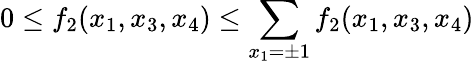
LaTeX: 0\le f_{2}(x_{1},x_{3},x_{4})\le\sum_{x_{1}=\pm 1}f_{2}(x_{1},x_{3},x_{4})